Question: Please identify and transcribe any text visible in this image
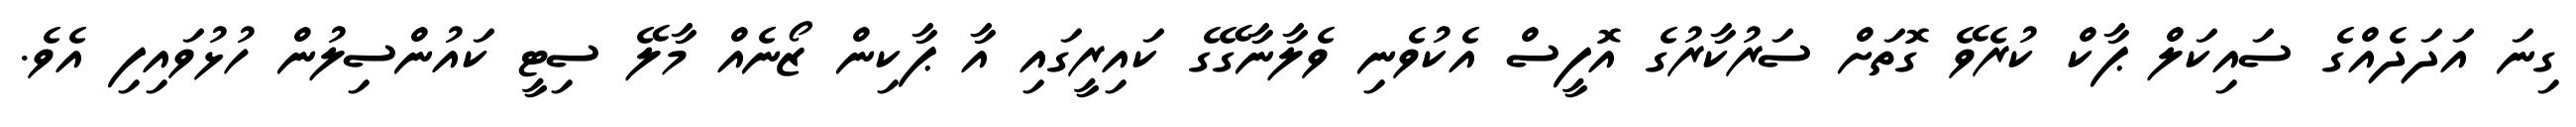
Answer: ގިނަ އަދަދެއްގެ ސައިކަލް ޕާކް ކުރެވޭ ގޮތަށް ސަރުކާރުގެ އޮފީސް އެކުވެނި ވެލާނާގޭގެ ކައިރީގައި އާ ޕާކިން ޒޯނެއް މާލޭ ސިޓީ ކައުންސިލުން ހުޅުވައިފި އެވެ.